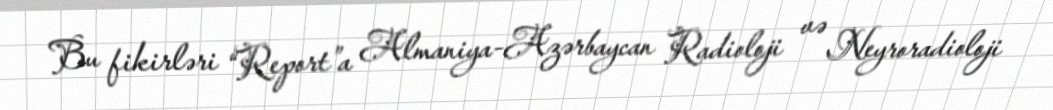
Bu fikirləri “Report”a Almaniya-Azərbaycan Radioloji və Neyroradioloji